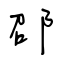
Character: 邵